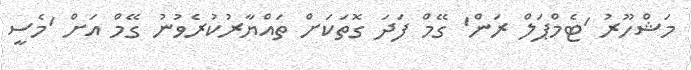
މަޝްހޫރު 'ޓެމްޕަލް ރަން' ގޭމް ފަދަ ގޮތަކަށް ތައްޔާރުކުރެވުނު ގޭމް އަށް 'މެސީ